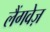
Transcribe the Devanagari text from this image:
लैंगवेज़